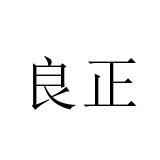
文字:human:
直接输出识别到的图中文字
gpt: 良正